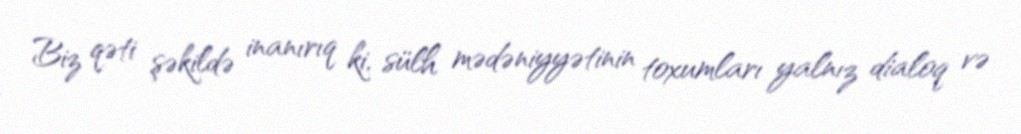
Biz qəti şəkildə inanırıq ki, sülh mədəniyyətinin toxumları yalnız dialoq və